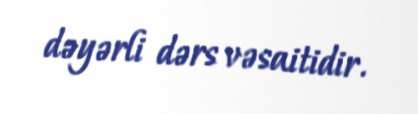
dəyərli dərs vəsaitidir.